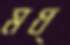
মধ্